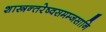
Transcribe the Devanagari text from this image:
शास्त्रन्तरेष्वसमम्जसानि